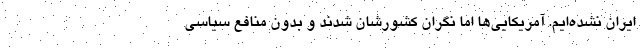
ایران نشده‌ایم. آمریکایی‌ها اما نگران کشورشان شدند و بدون منافع سیاسی